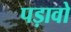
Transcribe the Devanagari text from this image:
पड़ावो